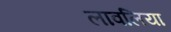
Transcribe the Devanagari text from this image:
लावलिया